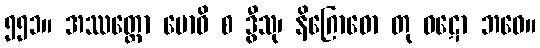
၅၅၁။ အဿတ္ထော ဗောဓိ စ ဒွီသု၊ နိဂြောဓော တု ဝဋော ဘဝေ။